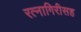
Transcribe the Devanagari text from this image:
रत्नागिरीसह